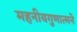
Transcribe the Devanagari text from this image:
महनीयगुणात्मने